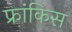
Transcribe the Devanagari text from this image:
फ्रांकिस